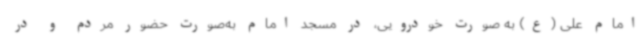
امام علی (ع) به صورت خودرویی، در مسجد امام به‌صورت حضور مردم و در